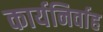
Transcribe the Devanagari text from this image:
कार्यनिर्वाह